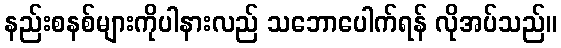
နည်းစနစ်များကိုပါနားလည် သဘောပေါက်ရန် လိုအပ်သည်။